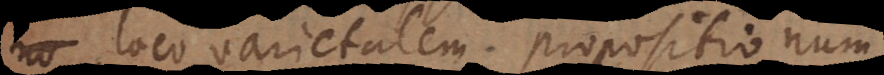
loco varietatem propositionum